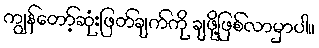
ကျွန်တော့်ဆုံးဖြတ်ချက်ကို ချဖို့ဖြစ်လာမှာပါ။